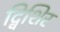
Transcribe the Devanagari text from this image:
द्विशिर